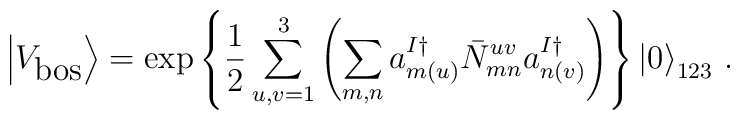
\left|V_{\mbox{bos}}\right>=\exp\left\{\frac{1}{2}\sum_{u,v=1}^3\left(\sum_{m,n}a^{I\dagger}_{m(u)}{\bar N}^{uv}_{mn}a^{I\dagger}_{n(v)}\right)\right\}\left|0\right>_{123}\,.